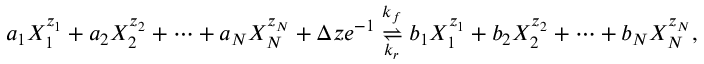
a _ { 1 } X _ { 1 } ^ { z _ { 1 } } + a _ { 2 } X _ { 2 } ^ { z _ { 2 } } + \cdots + a _ { N } X _ { N } ^ { z _ { N } } + \Delta z e ^ { - 1 } \overset { k _ { f } } { \underset { k _ { r } } { \rightleftharpoons } } b _ { 1 } X _ { 1 } ^ { z _ { 1 } } + b _ { 2 } X _ { 2 } ^ { z _ { 2 } } + \cdots + b _ { N } X _ { N } ^ { z _ { N } } ,